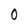
Character: 0